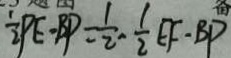
\frac { 1 } { 2 } P E \cdot B P = \frac { 1 } { 2 } \cdot \frac { 1 } { 2 } E F \cdot B P